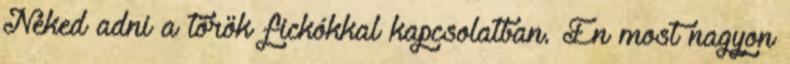
Neked adni a török fickókkal kapcsolatban. Én most nagyon